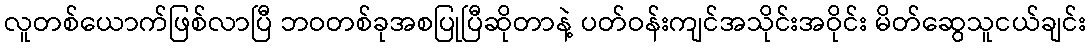
လူတစ်ယောက်ဖြစ်လာပြီ ဘဝတစ်ခုအစပြုပြီဆိုတာနဲ့ ပတ်ဝန်းကျင်အသိုင်းအဝိုင်း မိတ်ဆွေသူငယ်ချင်း